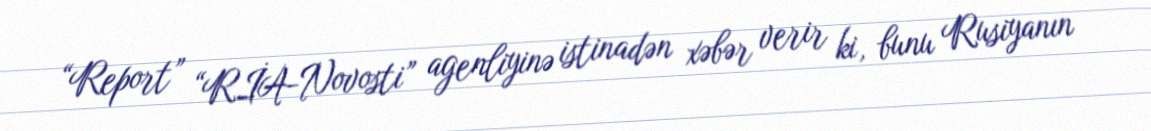
“Report” “RİA-Novosti” agenliyinə istinadən xəbər verir ki, bunu Rusiyanın